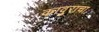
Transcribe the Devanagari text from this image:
कावुराचा